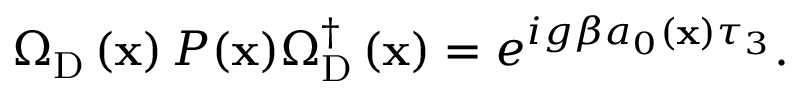
\Omega _ { \mathrm { D } } \left( { \bf x } \right) P ( { \bf x } ) \Omega _ { \mathrm { D } } ^ { \dagger } \left( { \bf x } \right) = e ^ { i g \beta a _ { 0 } \left( { \bf x } \right) \tau _ { 3 } } .